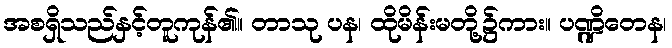
အစရှိသည်နှင့်တူကုန်၏။ တာသု ပန၊ ထိုမိန်းမတို့၌ကား။ ပဏ္ဍိတေန၊